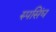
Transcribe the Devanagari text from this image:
रुपसिंघ